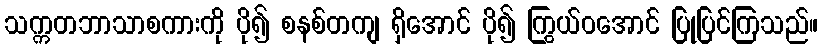
သက္ကတဘာသာစကားကို ပို၍ စနစ်တကျ ရှိအောင် ပို၍ ကြွယ်ဝအောင် ပြုပြင်ကြသည်။